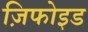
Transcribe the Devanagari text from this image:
ज़िफोइड